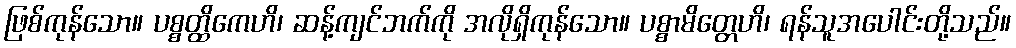
ဖြစ်ကုန်သော။ ပစ္စတ္ထိကေဟိ၊ ဆန့်ကျင်ဘက်ကို အလိုရှိကုန်သော။ ပစ္စာမိတ္တေဟိ၊ ရန်သူအပေါင်းတို့သည်။